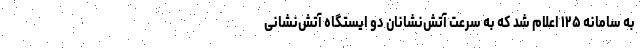
به سامانه ۱۲۵ اعلام شد که به سرعت آتش‌نشانان دو ایستگاه آتش‌نشانی